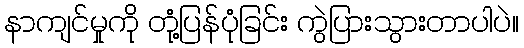
နာကျင်မှုကို တုံ့ပြန်ပုံခြင်း ကွဲပြားသွားတာပါပဲ။